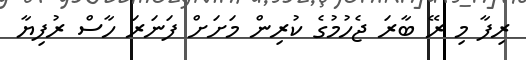
ރިފާ މި ރޭ ބާރަ ޖެހުމުގެ ކުރިން މަށަށް ފަނަރަ ހާސް ރުފިޔާ